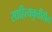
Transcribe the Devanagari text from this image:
साहित्यकृतींतील